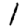
Digit: 1